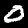
Digit: 0